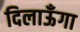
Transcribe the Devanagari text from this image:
दिलाऊँगा